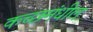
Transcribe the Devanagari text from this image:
कच्छमंधील